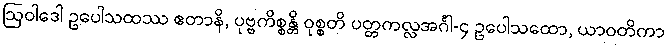
ဩဝါဒေါ ဥပေါသထဿ ဧတာနိ, ပုဗ္ဗကိစ္စန္တိ ဝုစ္စတိ ပတ္တကလ္လအင်္ဂါ-၄ ဥပေါသထော, ယာဝတိကာ